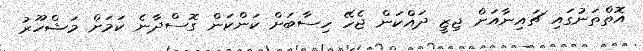
އޮތްތަނުގައި ޗައިނާއަށް ޖިޒީ ދައްކަން ޖެހޭ ހިސާބަށް ކަންކަން ގޮސްދާނެ ކަމަށް މަޝްހޫރު